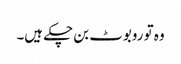
وہ تو روبوٹ بن چکے ہیں۔